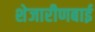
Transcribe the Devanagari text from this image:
शेजारीणबाई